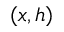
( x , h )